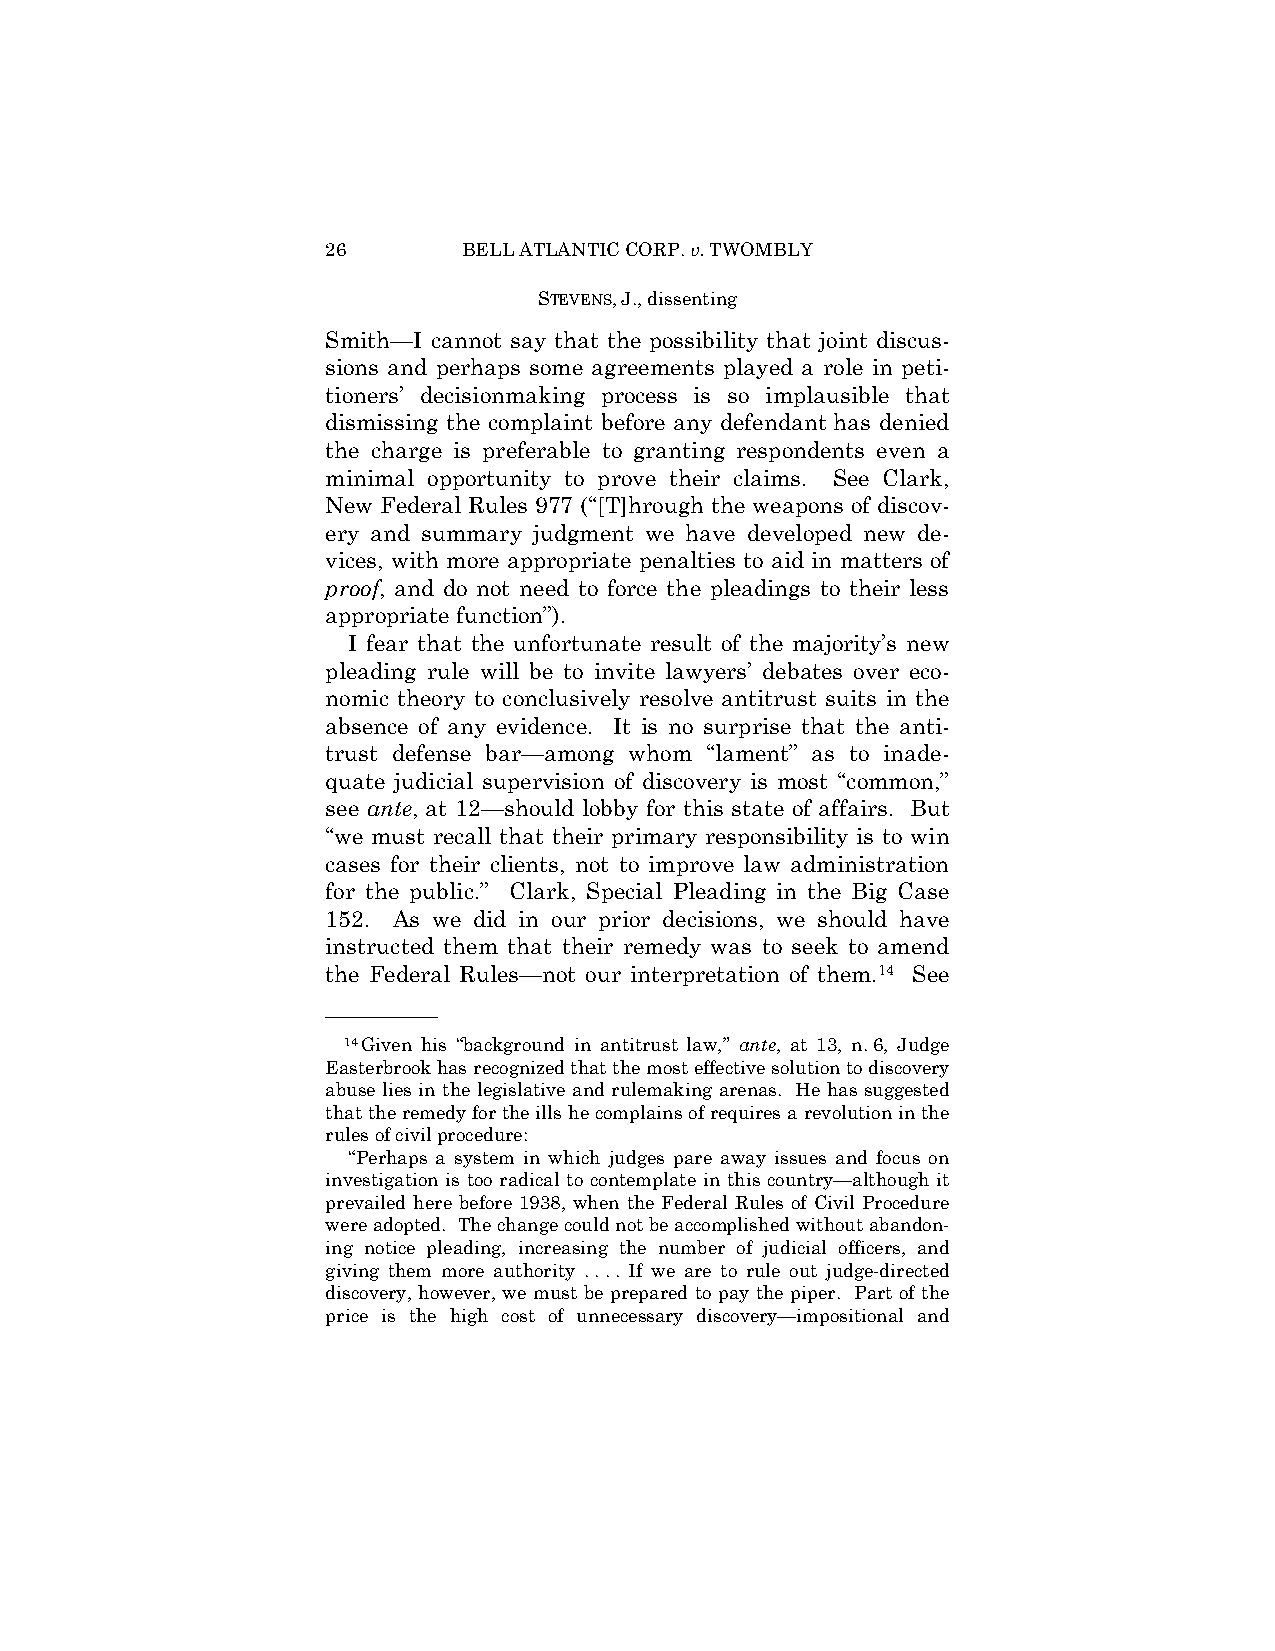
26       BELL ATLANTIC CORP. v. TWOMBLY
 STEVENS, J., dissenting
 Smith—I cannot say that the possibility that joint discus-
 sions and perhaps some agreements played a role in peti-
 tioners’ decisionmaking process is so implausible that
 dismissing the complaint before any defendant has denied
 the charge is preferable to granting respondents even a
 minimal opportunity to prove their claims. See Clark,
 New Federal Rules 977 (“[T]hrough the weapons of discov-
 ery and summary judgment we have developed new de-
 vices, with more appropriate penalties to aid in matters of
 proof, and do not need to force the pleadings to their less
 appropriate function”).
 I fear that the unfortunate result of the majority’s new
 pleading rule will be to invite lawyers’ debates over eco-
 nomic theory to conclusively resolve antitrust suits in the
 absence of any evidence. It is no surprise that the anti-
 trust defense bar—among whom “lament” as to inade-
 quate judicial supervision of discovery is most “common,”
 see ante, at 12—should lobby for this state of affairs. But
 “we must recall that their primary responsibility is to win
 cases for their clients, not to improve law administration
 for the public.” Clark, Special Pleading in the Big Case
 152. As we did in our prior decisions, we should have
 instructed them that their remedy was to seek to amend
 the Federal Rules—not our interpretation of them.14 See
 ——————
 14Given his “background in antitrust law,” ante, at 13, n. 6, Judge
 Easterbrook has recognized that the most effective solution to discovery
 abuse lies in the legislative and rulemaking arenas. He has suggested
 that the remedy for the ills he complains of requires a revolution in the
 rules of civil procedure:
 “Perhaps a system in which judges pare away issues and focus on
 investigation is too radical to contemplate in this country—although it
 prevailed here before 1938, when the Federal Rules of Civil Procedure
 were adopted. The change could not be accomplished without abandon-
 ing notice pleading, increasing the number of judicial officers, and
 giving them more authority . . . . If we are to rule out judge-directed
 discovery, however, we must be prepared to pay the piper. Part of the
 price is the high cost of unnecessary discovery—impositional and